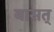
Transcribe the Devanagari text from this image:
बासत्